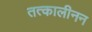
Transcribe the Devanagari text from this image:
तत्कालीनन